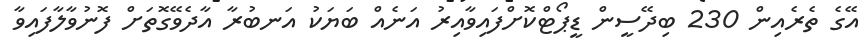
އޭގެ ތެރެއިން 230 ބިދޭސީން ޑީޕޯޓްކޮށްފައިވާއިރު އަނެއް ބަޔަކު އަނބުރާ އާދެވޭގޮތަށް ފޮނުވާލާފައިވާ